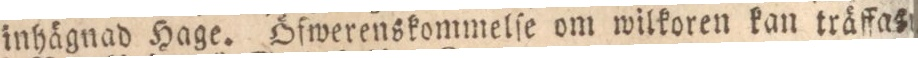
inhägnad Hage. Öfwerenskommelſe om wilkoren kan träffas